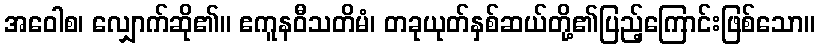
အဝေါစ၊ လျှောက်ဆို၏။ ဧကူနဝီသတိမံ၊ တခုယုတ်နှစ်ဆယ်တို့၏ပြည့်ကြောင်းဖြစ်သော။